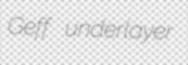
Geff underlayer